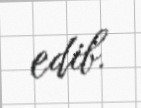
edib.